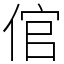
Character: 倌